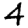
Digit: 4